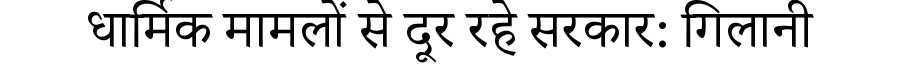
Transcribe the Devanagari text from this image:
धार्मिक मामलों से दूर रहे सरकार: गिलानी